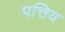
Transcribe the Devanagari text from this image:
पत्तिय